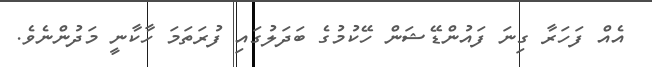
އެއް ފަހަރާ ގިނަ ފައުންޑޭޝަން ހޭކުމުގެ ބަދަލުގައި ފުރަތަމަ ހާކާނީ މަދުންނެވެ.